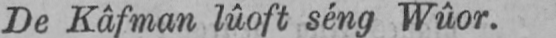
De Kâfman lûoft séng Wûor.